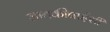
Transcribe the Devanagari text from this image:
जानकीबाईशी